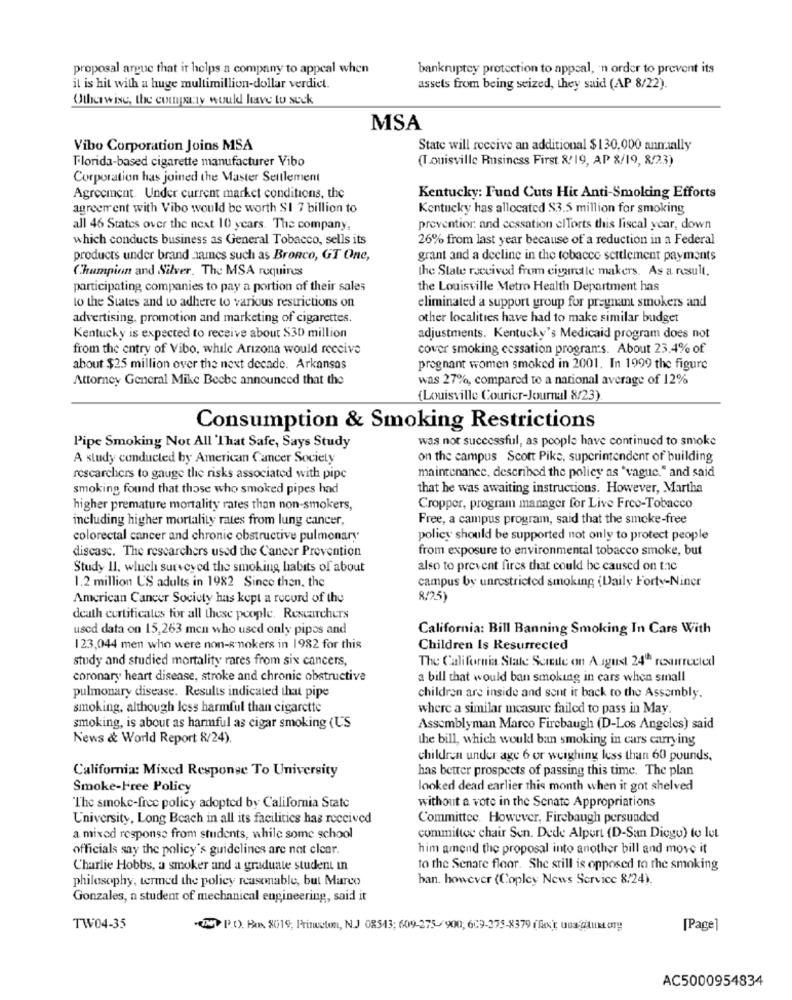
proposal argue that it helps a company to appeal when
bankruptcy protection to appeal, 'n order to prevent its
it is hit with a huge multimillion-dollar verdict.
assets from being seized, they said (AP 8/22).
Otherwise, the company would have to suck
MSA
Vibo Corporation Joins MSA
State will receive an additional $130,000 anmaally
Florida-based cigarette manufacturer Vibo
(Louisville Business First &/19, AP 8/19, 8/23)
Corporation has joined the Master Settlement
Agreement. Under current market conditions, the
Kentucky: Fund Cuts Hit Anti-Smoking Efforts
agreement with Vibo would be worth $1 7 billion to
Kentucky has allocated $3.5 million for smoking
all 46 States over the next 10 years. The company,
preventior. and cessation elTorts this fiscal year, down
which conducts business as General Tobacco, sells its
26% from last year because of a reduction in a Federal
products under brand names such as Bronco, GT One,
grant and a decline in the tobacco settlement payments
Champion and Silver. The MSA requires
the State received from ciganale makers. As a result.
participating companies to pay a portion of their sales
the Louisville Metro Health Department has
to the States and to adhere to various restrictions on
eliminated a support group for pregnant smokers and
advertising, promotion and marketing of cigarettes.
other localities have had to make similar budget
Kentucky is expected to receive about $30 million
adjustments. Kentucky's Medicaid program does not
from the entry of Vibo, while Arizona would receive
cover smoking cessation programs. About 23.4% of
about $25 million over the next decade. Arkansas
pregnant women smoked in 2001. In 1999 the figure
Attorney General Mike Beebe announced that the
was 27%, compared to a national average of 12%
(Louisville Courier-Journal 8/23)
Consumption & Smoking Restrictions
was not successful, as people have continued to smoke
Pipe Smoking Not All 'That Safe, Says Study
A study conducted by American Cancer Society
on the campus Scott Pike, superintendent of building
researchers to gauge the risks associated with pipe
maintenance, described the policy as "vague." and said
smoking found that those who smoked pipes had
that he was awaiting instructions. However, Martha
higher premature mortality rates than non-smokers,
Cropper, program manager for Live Free-Tobacco
including higher mortality rates from lung cancer,
Free, a campus program, said that the smoke-free
colorectal cancer and chronic obstructive pulmonary
policy should be supported not only to protect people
discasc. The researchers used the Cancer Prevention
from exposure to environmental tobacco smoke, but
Study Il, wluch surveyed the smoking habits of about
also to prevent fires that could be caused on t.c
campus by unrestricted smoking (Daily Forty-Niner
1.2 million U'S adults in 1982 Since then, the
American Cancer Society has kept a record of the
8/25)
death certificales for all these people. Researchers
used data on 15,263 men who used only pipes and
California: Bill Banning Smoking In Cars With
123,044 men who were non-smokers in 1982 for this
Children Is Resurrected
study and studied mortality rares from six cancers,
The California State Screde on August 24º resurrected
coronary heart disease, stroke and chronic obstructive
a bill that would ban smoking in cars when small
pulmonary disease. Results indicated that pipe
children are inside and sent ir back to the Assembly.
smoking, although Icss harmful than cigarette
where a similar measure failed to pass in May.
smoking, is about as harmful as cigar smoking (US
Assemblyman Marco Firebaugh (D-Los Angeles) said
News & World Report 8/24).
the bill, which wouldl ban smoking in cars carrying
children under age 6 or weighing less than 60 pounds.
California: Mixed Response To University
has better prospects of passing this time. The plan
Smoke-Free Policy
looked dead earlier this month when it got shelved
The smoke-free policy adopted by California State
without a vote in the Senate Appropriations
University, Long Beach in all its facilities has received
Committee. However, Firebaugh persuaded
a mixed response from students, while some school
committee chair Sen. Dede Alpert (D-San Diego) to let
officials say the policy's guidelines are not clear.
him amend the proposal into another bill and move it
Charlie Hobbs, a smoker and a graduate student in
to the Senare floor. She still is opposed to the smoking
philosophy, termed the policy reasonable, but Marco
ban. however (Copley News Service 8/24).
Gonzales, a student of mechanical engineering, said it
TW04-35
(W> P.O. Box 8019, Princeton, N.J 08543; 609-275-900, 609-375-8379 (fx); una gilux ory
[Page]
AC5000954834